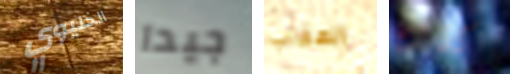
الخليوي جيدا العقاب كذلك